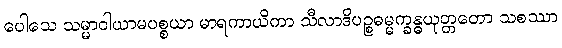
ပေါသေ သမ္မာဝါယာမပစ္စယာ မာရကာယိကာ သီလာဒိပဉ္စဓမ္မက္ခန္ဓယုတ္တတော သစဿာ